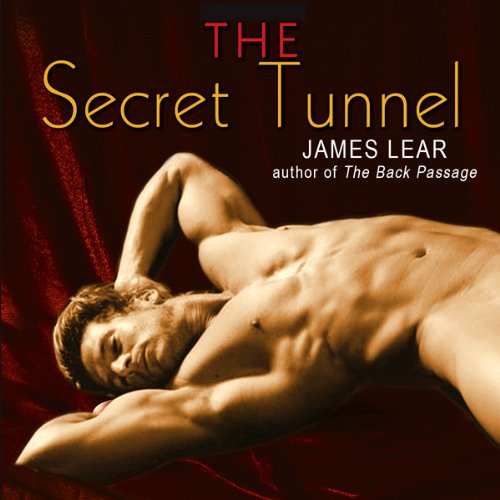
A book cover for The Secret Tunnel: A Mitch Mitchell Mystery; James Lear; Romance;